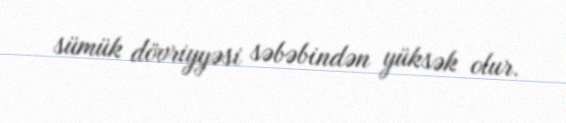
sümük dövriyyəsi səbəbindən yüksək olur.